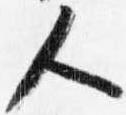
人